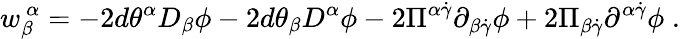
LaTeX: {w}_{\beta}^{~\alpha}=-2d\theta^{\alpha}D_{\beta}\phi-2d\theta_{\beta}D^{\alpha}\phi-2\Pi^{\alpha\dot{\gamma}}\partial_{\beta\dot{\gamma}}\phi+2\Pi_{\beta\dot{\gamma}}\partial^{\alpha\dot{\gamma}}\phi\; .